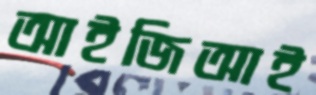
আইজিআই